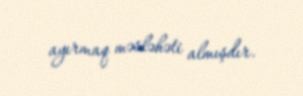
ayırmaq məsləhəti almışdır.